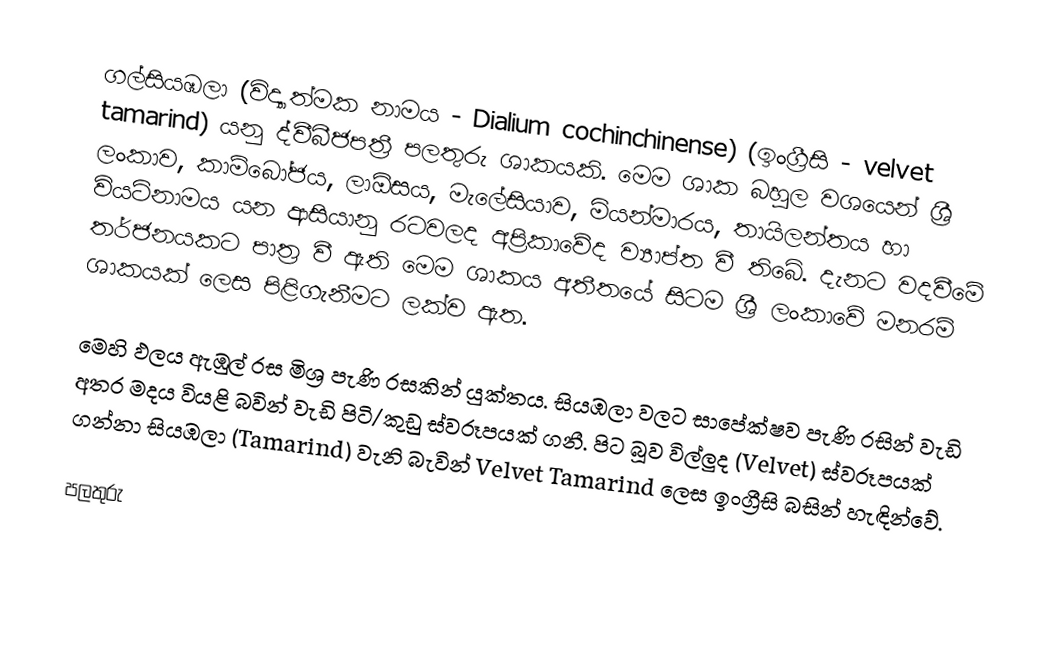
ගල්සියඹලා (විද්‍යාත්මක නාමය - Dialium cochinchinense) (ඉංග්‍රීසි - velvet tamarind) යනු ද්වීබීජපත්‍රී පලතුරු ශාකයකි. මෙම ශාක බහුල වශයෙන් ශ්‍රී ලංකාව, කාම්බෝජය, ලාඕසය, මැලේසියාව, මියන්මාරය, තායිලන්තය හා වියට්නාමය යන ආසියානු රටවලද අප්‍රිකාවේද ව්‍යාප්ත වී තිබේ. දැනට වදවීමේ තර්ජනයකට පාත්‍ර වී ඇති මෙම ශාකය අතීතයේ සිටම ශ්‍රී ලංකාවේ මනරම් ශාකයක් ලෙස පිළිගැනීමට ලක්ව ඇත.

මෙහි ඵලය ඇඹුල් රස මිශ්‍ර පැණි රසකින් යුක්තය. සි‍යඹලා වලට සාපේක්ෂව පැණි රසින් වැඩි අතර මදය වියළි බවින් වැඩි පිටි/කුඩු ස්වරූපයක් ගනී. පිට බූව විල්ලුද (Velvet) ස්වරූපයක් ගන්නා සියඹලා (Tamarind) වැනි බැවින් Velvet Tamarind ලෙස ඉංග්‍රීසි බසින් හැඳින්වේ.

පලතුරු